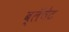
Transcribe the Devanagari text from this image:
ब्लॅंचेट